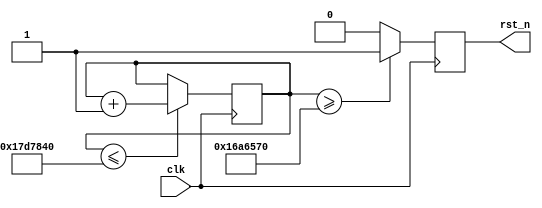
module reset(//reset about 10s
	input clk,//20MHz
	output reg rst_n//low active
);
	reg	[27:0] cnt;
	always @(posedge clk)
	begin
		cnt <= (cnt <= 28'd200000000 / 4'd8) ? (cnt+1'b1) : cnt;
		rst_n <= (cnt >= 28'd190000000 / 4'd8) ? 1'b1 : 1'b0;
	end
endmodule